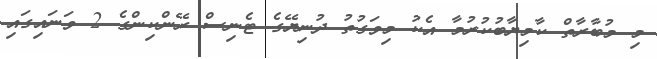
މި މުބާރާތް ކާމިޔާބުކުރުމާ އެކު މިވަގުތު ދުނިޔޭގެ ޓެނިސް ރޭންކިންގެ 2 ވަނައިގައި